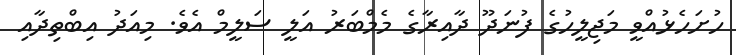
ހުށަހެޅުއްވީ މަޖިލީހުގެ ފުނަދޫ ދާއިރާގެ މެމްބަރު އަލީ ސަލީމް އެވެ. މިއަދު އިބްތިދާއި